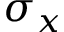
\sigma _ { x }